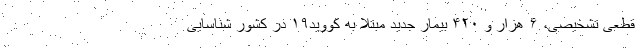
قطعی تشخیصی، ۶ هزار و ۴۲۰ بیمار جدید مبتلا به کووید۱۹ در کشور شناسایی